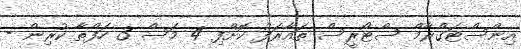
އިންސްޓަގްރާމް ސްޓޯރީސް ތައާރަފު ކޮށްފި 4 މަސް 3 ހަފްތާ ކުރިން -